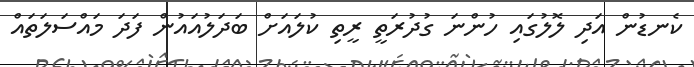
ކެނޑުން އަދި ލޮލުގައި ހުންނަ ގުދުރަތީ ރީތި ކުލައަށް ބަދަލުއައުން ފަދަ މައްސަލަތައް